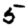
Digit: 5